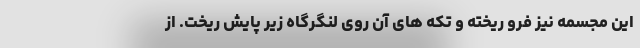
این مجسمه نیز فرو ریخته و تکه های آن روی لنگرگاه زیر پایش ریخت. از